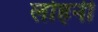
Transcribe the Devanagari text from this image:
लोहनी